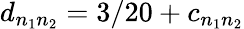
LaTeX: d_{n_{1}n_{2}}=3/20+c_{n_{1}n_{2}}